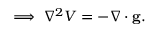
\implies \nabla ^ { 2 } V = - \nabla \cdot \mathbf { g } .